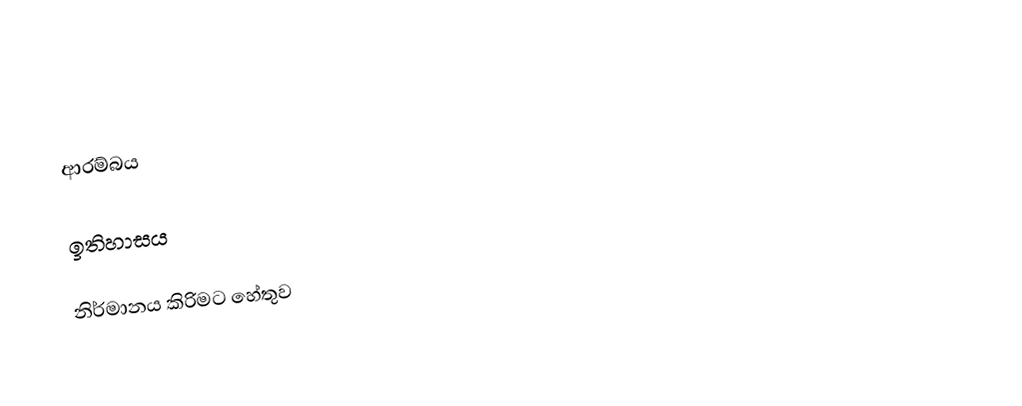

ආරම්බය

ඉතිහාසය

නිර්මානය කිරිමට හේතුව